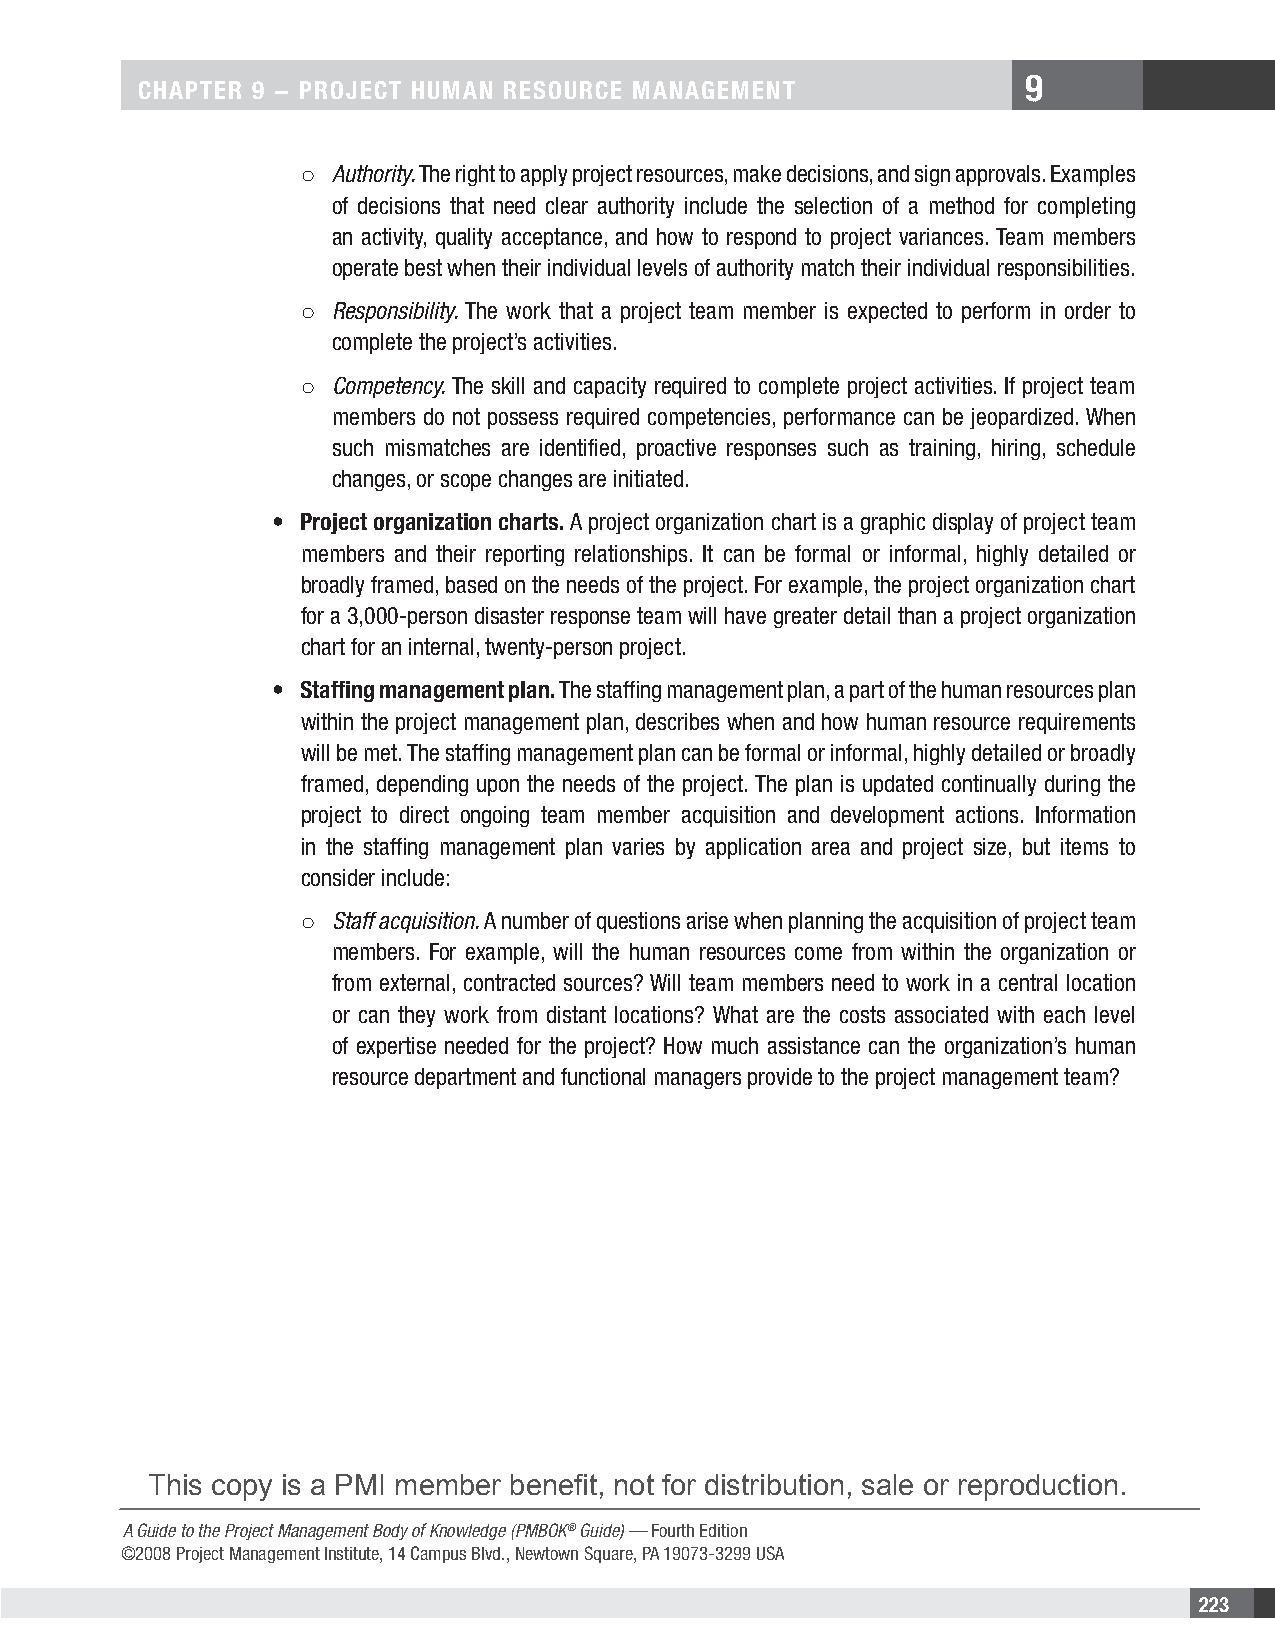
9
 CHAPTER 9 − PRojECT HuMAn REsouRCE MAnAgEMEnT
 ○ Authority. The right to apply project resources, make decisions, and sign approvals. Examples
 of decisions that need clear authority include the selection of a method for completing
 an activity, quality acceptance, and how to respond to project variances. Team members
 operate best when their individual levels of authority match their individual responsibilities.
 ○ Responsibility. The work that a project team member is expected to perform in order to
 complete the project’s activities.
 ○ Competency. The skill and capacity required to complete project activities. If project team
 members do not possess required competencies, performance can be jeopardized. When
 such mismatches are identified, proactive responses such as training, hiring, schedule
 changes, or scope changes are initiated.
 • Project organization charts. A project organization chart is a graphic display of project team
 members and their reporting relationships. It can be formal or informal, highly detailed or
 broadly framed, based on the needs of the project. For example, the project organization chart
 for a 3,000-person disaster response team will have greater detail than a project organization
 chart for an internal, twenty-person project.
 • staffing management plan. The staffing management plan, a part of the human resources plan
 within the project management plan, describes when and how human resource requirements
 will be met. The staffing management plan can be formal or informal, highly detailed or broadly
 framed, depending upon the needs of the project. The plan is updated continually during the
 project to direct ongoing team member acquisition and development actions. Information
 in the staffing management plan varies by application area and project size, but items to
 consider include:
 ○ Staff acquisition. A number of questions arise when planning the acquisition of project team
 members. For example, will the human resources come from within the organization or
 from external, contracted sources? Will team members need to work in a central location
 or can they work from distant locations? What are the costs associated with each level
 of expertise needed for the project? How much assistance can the organization’s human
 resource department and functional managers provide to the project management team?
 This copy is a PMI member benefit, not for distribution, sale or reproduction.
 A Guide to the Project Management Body of Knowledge (PMBOK® Guide) — Fourth Edition
 ©2008 Project Management Institute, 14 Campus Blvd., Newtown Square, PA 19073-3299 USA
 223